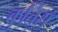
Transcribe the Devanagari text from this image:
कुर्तिस